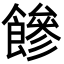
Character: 𩞀